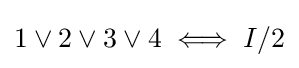
1\lor 2\lor 3\lor 4\iff I/2